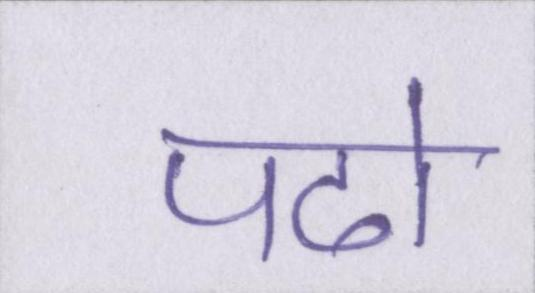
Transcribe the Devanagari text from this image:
पढो